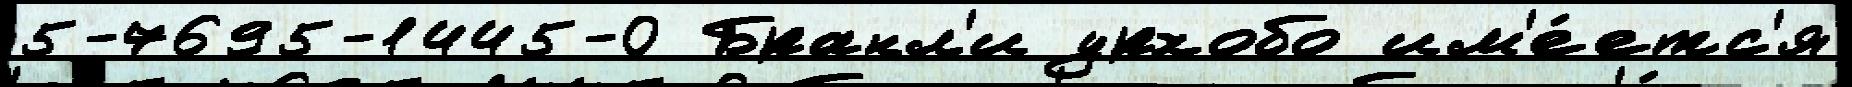
5-7695-1445-0 Бранл'и урхобо им'е́етс'я